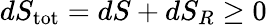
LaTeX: dS_{\mathrm{tot}}=dS+dS_{R}\geq 0